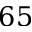
6 5